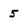
Character: 5